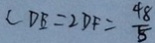
\angle D B = 2 D F = \frac { 4 8 } { 5 }